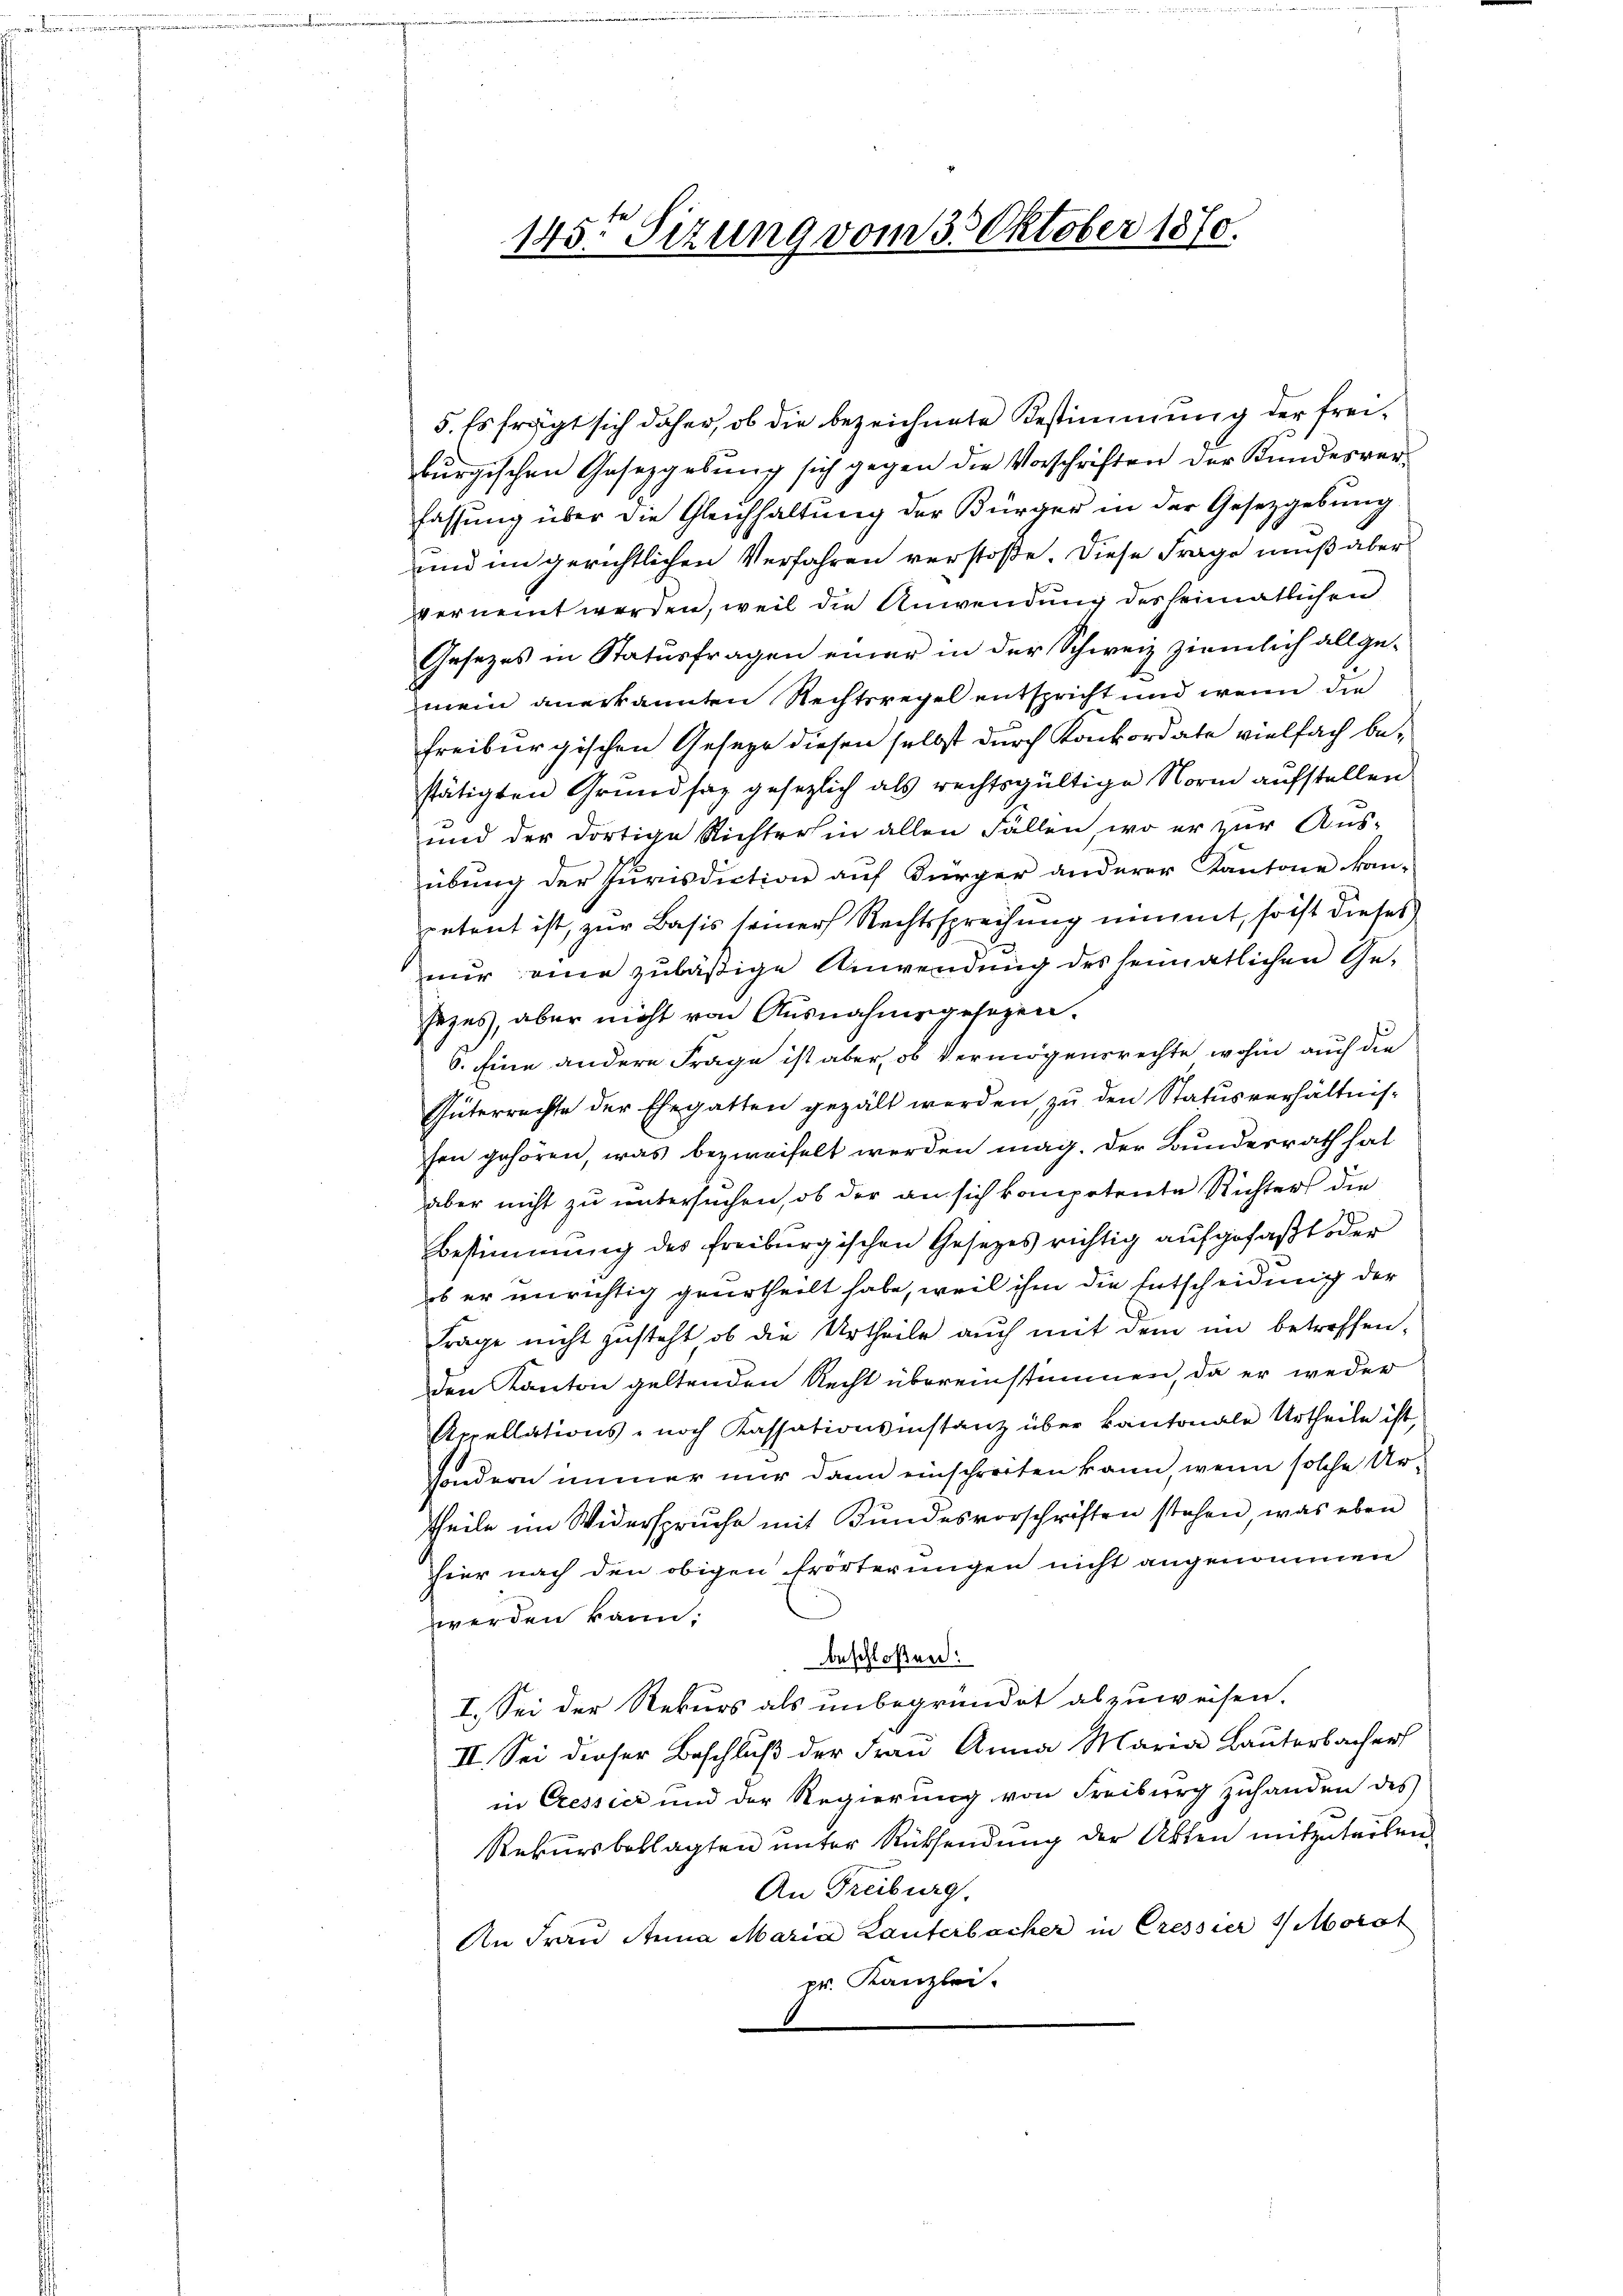
5. Es frägt sich daher, ob die bezeichnete Bestimmung der frei-
burgischen Gesetzgebung sich gegen die Vorschriften der Kundesverfassung über die Gleichhaltŭng der Bürger in der Gesetzgebung
und im gerichtlichen Verfahren verstoße. Diese Frage muß aber
vernennt werden, weil die Anwendung des heimatlichen
Gesezes in Statusfragen einer in der Schweiz ziemlich allgemein anerkannten Rechtsregel entspricht und wenn die
freiburgischen Geseze diesen selbst durch Konkordate vielfach bestätigten Grundsaz gesezlich als rechtsgültige Norm aufstellen
und der dortige Richterhin allen Fällen, wo er zur Aus-
übung der Jurisdiction auf Bürger anderer Kantone kan-
petent ist, zur Basis seiner Rechtssprechung nimmt, so ist dieses
nŭr eine zuläßige Anwendung des heimatlichen Ge-
sezes, aber nicht von Ausnahmegesezen.
6. Eine andere Frage ist aber, ob Vermögensrechte wohin auch die
Güterrechte der Ehegatten gezält werden, zu den Status verhältnis-
fen gehören, was bezweifelt werden mag. Der Bundesrath hat
aber nicht zu untersuchen, ob der an sich kompotente Richters die
Bestimmung des freiburgischen Gesetzes richtig aufgefaßt oder
ob er unrichtig geurtheilt habe, weil ihm die Entscheidung der
Frage nicht zusteht ob die Urtheile auch mit dem im betreffen,
den Kanton geltenden Recht übereinstimmen, da er weder
Apellations- noch Kassationsinstanz über kantonale Urtheile ist,
sondern immer nur dann einschreiten kann, wenn solche Ur-
theile im Widerspruche mit Bundesvorschriften stehen, was eben
hier nach den obigen Erörterungen nicht angenommen
werden kann.
beschloßen:
I. Sei der Rekurs als unbegründet abzuweisen.
II. Sei dieser Beschluß der Frau Anna Maria Lauterbacher
in Cressier und der Regierung von Freiburg zuhanden des
Rekursbeklagten unter Rücksendung der Arten mitzuteilen,
An Freiburg.
An Frau Anna Maria Lauterbacher in Cressier Morat
pr. Kanzlei.

145. Sizung vom 3. Oktober 1870.